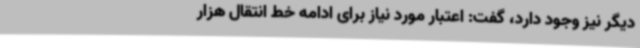
دیگر نیز وجود دارد، گفت: اعتبار مورد نیاز برای ادامه خط انتقال هزار